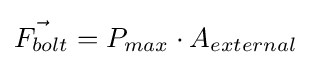
{\vec {F_{bolt}}}=P_{max}\cdot A_{external}